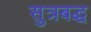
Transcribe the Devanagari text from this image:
सुत्रबद्ध